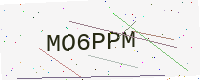
Text: MO6PPM